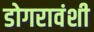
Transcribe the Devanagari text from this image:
डोगरावंशी